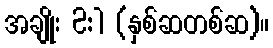
အချိုး 2:1 (နှစ်ဆတစ်ဆ)။